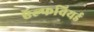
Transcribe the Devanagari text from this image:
ऍल्फवियर्ड